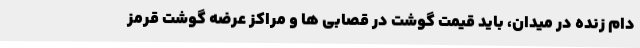
دام زنده در میدان، باید قیمت گوشت در قصابی ها و مراکز عرضه گوشت قرمز